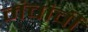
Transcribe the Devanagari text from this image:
मंचांची